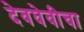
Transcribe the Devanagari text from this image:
देवघेवीचा